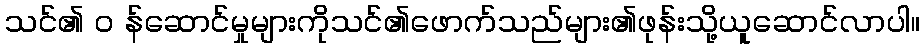
သင်၏ ၀ န်ဆောင်မှုများကိုသင်၏ဖောက်သည်များ၏ဖုန်းသို့ယူဆောင်လာပါ။